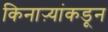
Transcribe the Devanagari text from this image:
किनाऱ्यांकडून